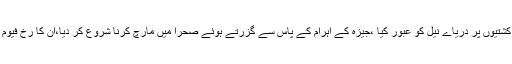
اب انھوں نے کشتیوں پر دریاے نیل کو عبور کیا ،جیزہ کے اہرام کے پاس سے گزرتے ہوئے صحرا میں مارچ کرنا شروع کر دیا،ان کا رخ فیوم کی طرف تھا۔